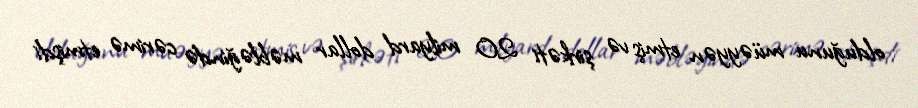
olduğunu müəyyən etmiş və şirkəti 20 milyard dollar məbləğində cərimə etmişdi